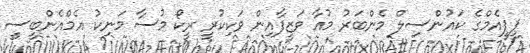
ޕީޕީއެމްގެ ކައުންސިލް މެންބަރު މުއާ ވަޒީފާއިން ވަކިކުރީ ރީކޯ މުސާ މަނިކު އެމްއެންބީސީ